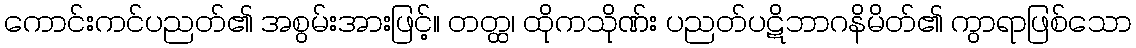
ကောင်းကင်ပညတ်၏ အစွမ်းအားဖြင့်။ တတ္ထ၊ ထိုကသိုဏ်း ပညတ်ပဋိဘာဂနိမိတ်၏ ကွာရာဖြစ်သော